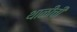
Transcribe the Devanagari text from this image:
थाळीची